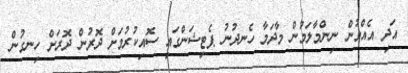
އަދި އެއްވުން ނިންމާލަމުން މާދަމާ ހެނދުނު ޕެޓިޝަންގައި ސޮއިކުރުމަށް ދޮރުން ދޮރަށް ހިނގުން